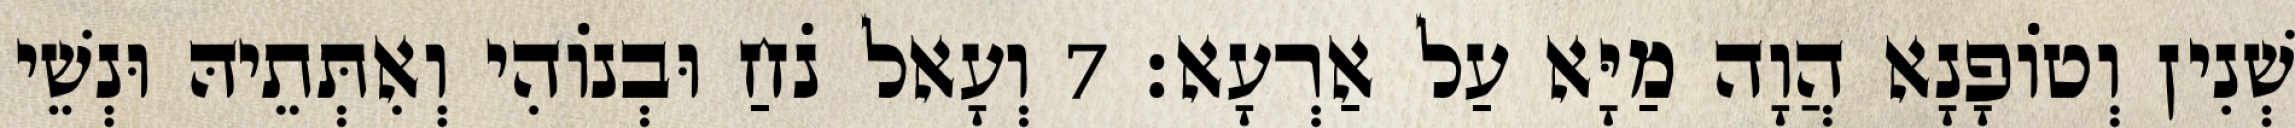
שְׁנִין וְטוֹפָנָא הֲוָה מַיָּא עַל אַרְעָא׃ 7 וְעָאל נֹחַ וּבְנוֹהִי וְאִתְּתֵיהּ וּנְשֵׁי